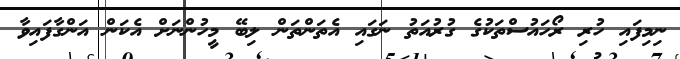
ނިމިފައި ހުރި ރޯހައުސްތަކުގެ ގުރުއަތު ނަގައި އެތަންތަން ލިބޭ މީހުންނަށް އެކަން އަންގާފައިވާ